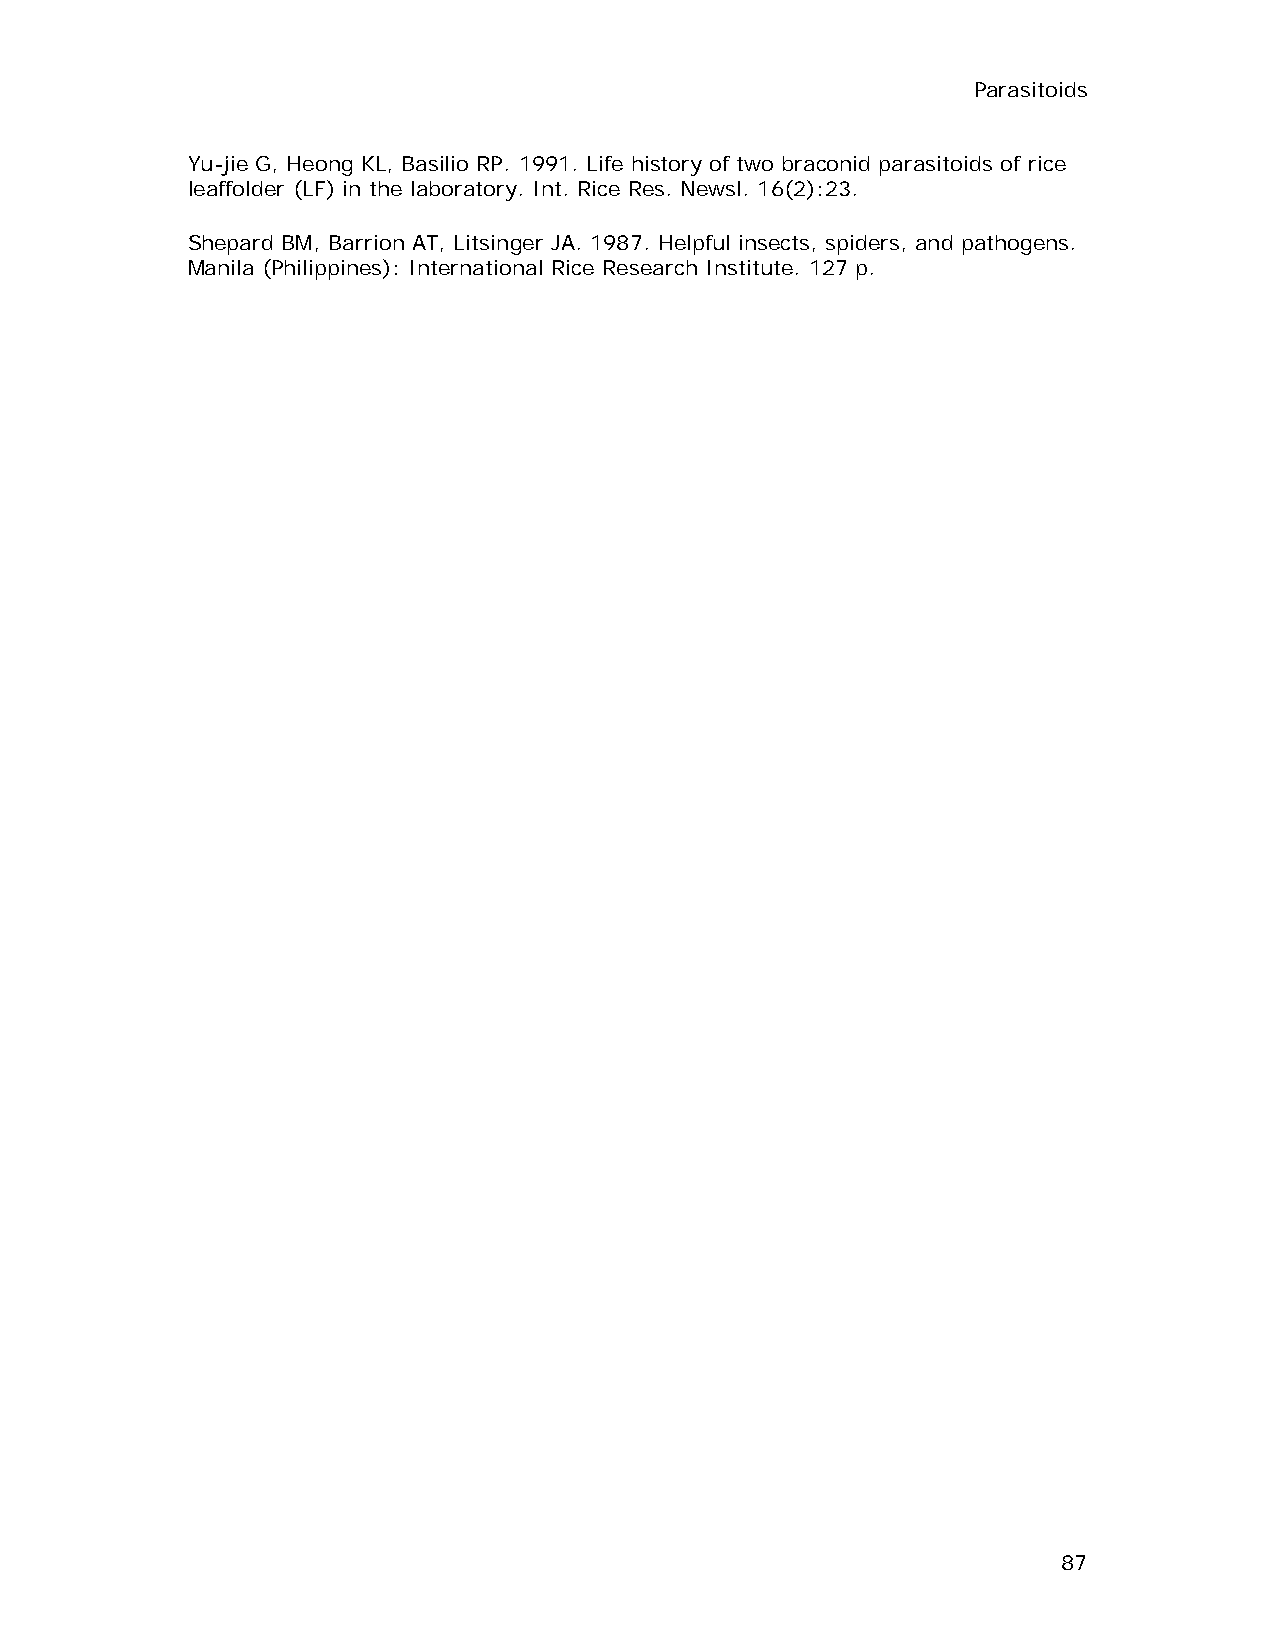
Parasitoids
 Yu-jie G, Heong KL, Basilio RP. 1991. Life history of two braconid parasitoids of rice
 leaffolder (LF) in the laboratory. Int. Rice Res. Newsl. 16(2):23.
 Shepard BM, Barrion AT, Litsinger JA. 1987. Helpful insects, spiders, and pathogens.
 Manila (Philippines): International Rice Research Institute. 127 p.
 87